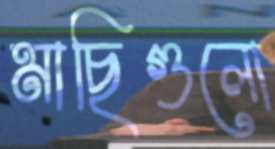
মাছিগুলো